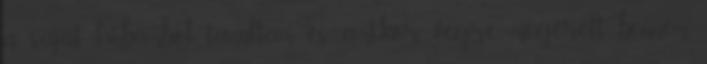
a saját hibámból tanultam, és amikor végre megérett bennem